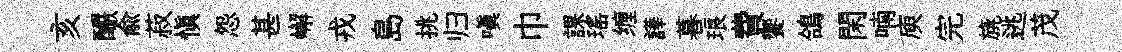
亥釅俞菽慎怨甚嶰戎島挑归嗔巾課瑶缠譁暮琅費饗鴿閑喃庾完旐逃茂